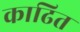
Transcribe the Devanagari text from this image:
काढित